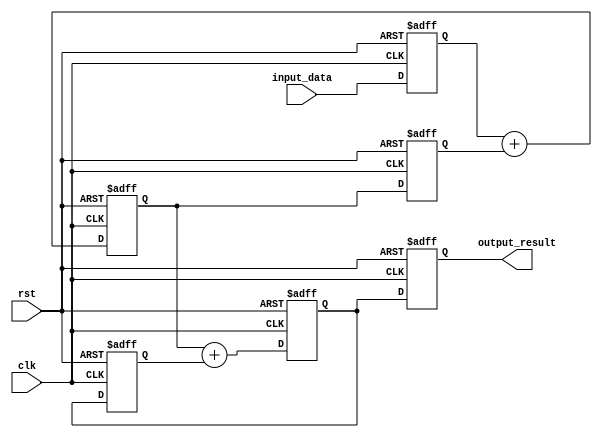
module CascadedAccumulator (
    input wire clk,
    input wire rst,
    input wire [7:0] input_data,
    output wire [15:0] output_result
);

reg [15:0] running_total;

// First adder block
reg [7:0] input_data_1;
reg [15:0] sum_out_1;
reg [15:0] register_1;

// Second adder block
reg [15:0] sum_out_2;
reg [15:0] register_2;

always @(posedge clk or posedge rst) begin
    if (rst) begin
        running_total <= 16'd0;
        input_data_1 <= 8'd0;
        sum_out_1 <= 16'd0;
        register_1 <= 16'd0;
        sum_out_2 <= 16'd0;
        register_2 <= 16'd0;
    end else begin
        input_data_1 <= input_data;
        sum_out_1 <= input_data_1 + register_1;
        register_1 <= sum_out_1;
        sum_out_2 <= sum_out_1 + register_2;
        running_total <= sum_out_2;
        register_2 <= sum_out_2;
    end
end

assign output_result = running_total;

endmodule